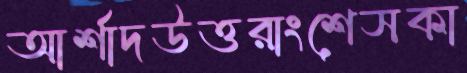
আর্শাদউত্তরাংশেসকা